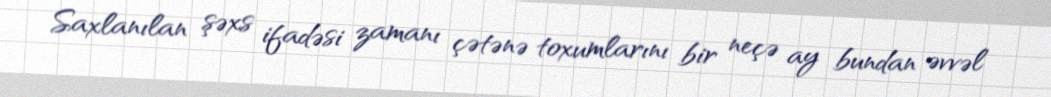
Saxlanılan şəxs ifadəsi zamanı çətənə toxumlarını bir neçə ay bundan əvvəl